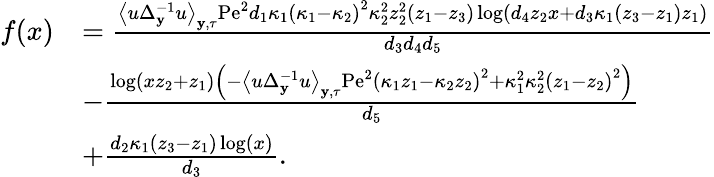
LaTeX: \begin{array}{rl}{f(x)}&{=\frac{\left\langle u\Delta_{\mathbf{y}}^{-1}u\right\rangle_{\mathbf{y},\tau}\mathrm{Pe}^{2}d_{1}\kappa_{1}\left(\kappa_{1}-\kappa_{2}\right)^{2}\kappa_{2}^{2}z_{2}^{2}\left(z_{1}-z_{3}\right)\log\left(d_{4}z_{2}x+d_{3}\kappa_{1}\left(z_{3}-z_{1}\right)z_{1}\right)}{d_{3}d_{4}d_{5}}}\\ &{-\frac{\log\left(xz_{2}+z_{1}\right)\left(-\left\langle u\Delta_{\mathbf{y}}^{-1}u\right\rangle_{\mathbf{y},\tau}\mathrm{Pe}^{2}\left(\kappa_{1}z_{1}-\kappa_{2}z_{2}\right)^{2}+\kappa_{1}^{2}\kappa_{2}^{2}\left(z_{1}-z_{2}\right)^{2}\right)}{d_{5}}}\\ &{+\frac{d_{2}\kappa_{1}\left(z_{3}-z_{1}\right)\log(x)}{d_{3}}.}\end{array}